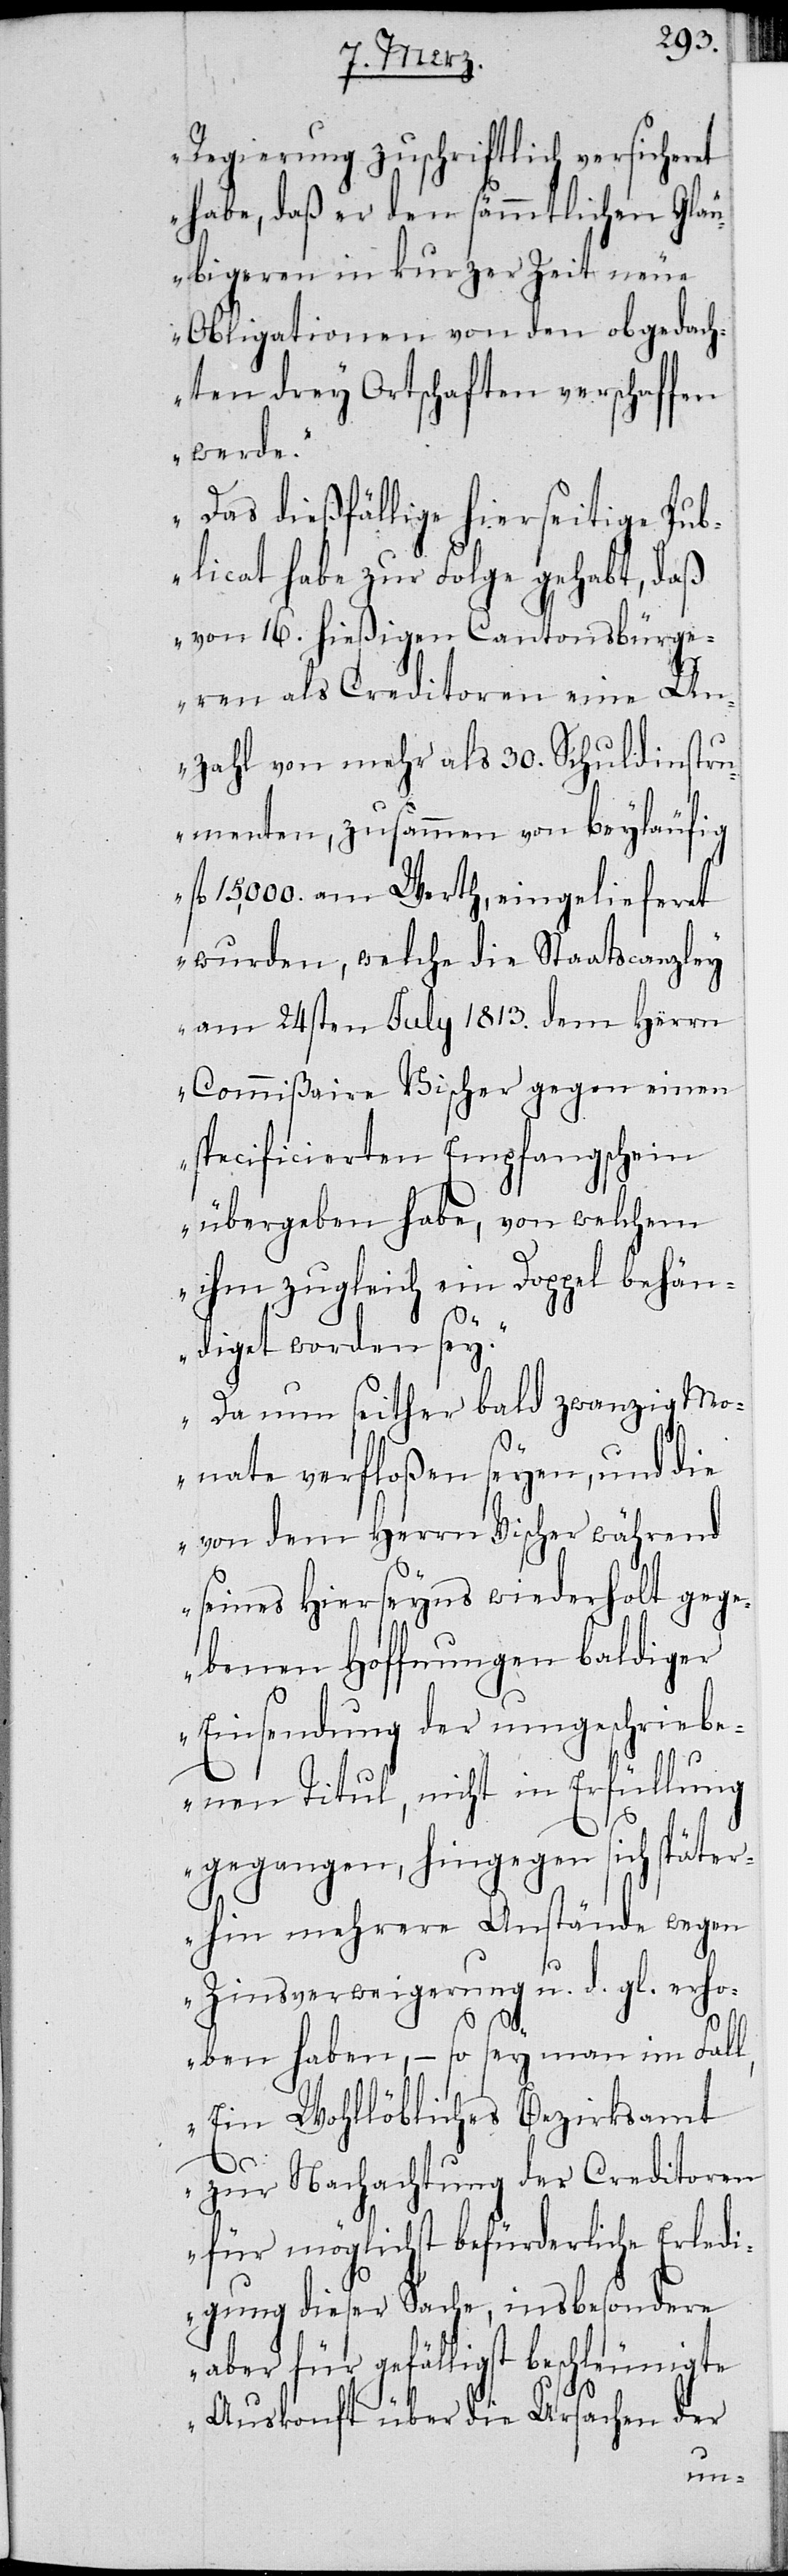
Regierung zuschriftlich versicheret
habe, daß er den sämmtlichen Gläu¬
bigeren in kurzer Zeit neue
Obligationen von den obgedach¬
ten drey Ortschaften verschaffen
werde.
Das dießfällige hierseitige Pub¬
licat habe zur Folge gehabt, daß
von 16. hießigen Cantonsbürge¬
ren als Creditoren eine An¬
zahl von mehr als 30. Schuldinstru¬
menten, zusammen von beyläufig
15,000. am Werth, eingelieferet
wurden, welche die Staatscanzley
am 24sten July 1813. dem Herrn
Commißaire Vischer gegen einen
specifizierten Empfangschein
übergeben habe, von welchem
ihm zugleich ein Doppel behän¬
diget worden sey.
Da nun seither bald zwanzig Mo¬
nate verfloßen seyen, und die
von dem Herrn Vischer während
seines Hierseyns wiederholt gege¬
benen Hoffnungen baldiger
Einsendung der umgeschriebe¬
nen Titul, nicht in Erfüllung
gegangen, hingegen sich später¬
hin mehrere Anstände wegen
Zinsverweigerung u. d. gl. erho¬
ben haben, – so sey man im Fall,
Ein Wohllöbliches Bezirksamt
zur Nachachtung der Creditoren
für möglichst befürderliche Erledi¬
gung dieser Sache, insbesondere
aber für gefälligst beschleunigte
Auskonft über die Ursachen der